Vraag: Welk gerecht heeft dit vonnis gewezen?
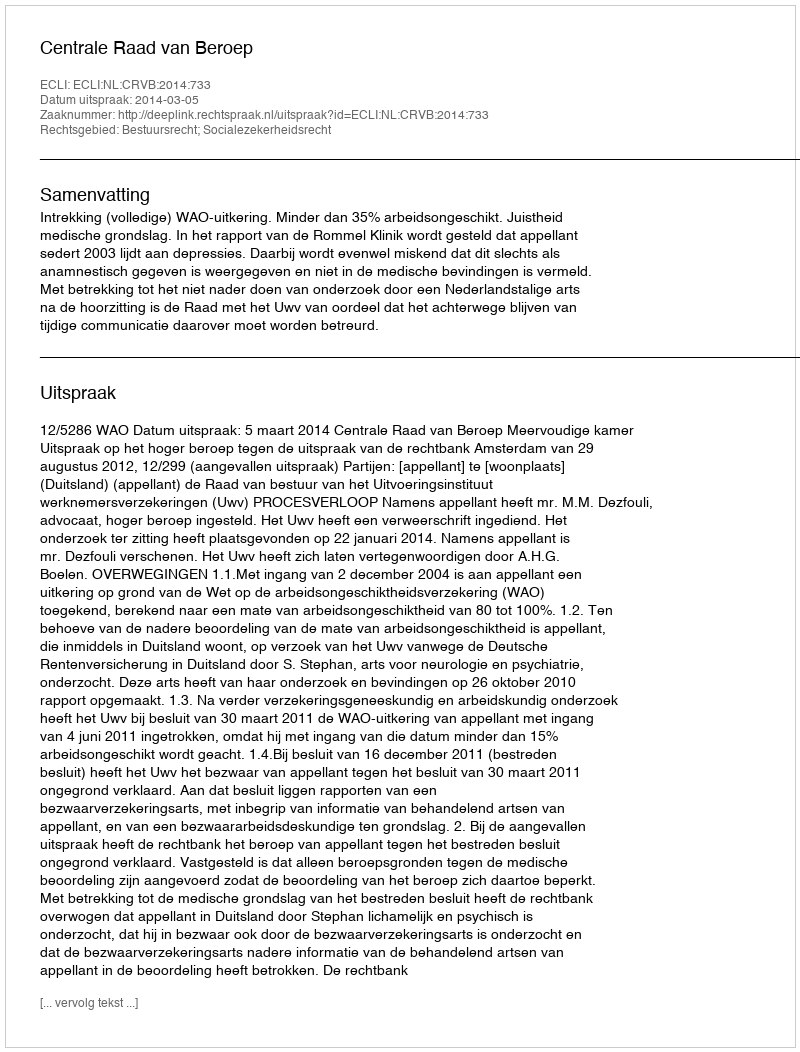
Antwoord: Centrale Raad van Beroep